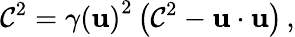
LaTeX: \mathcal{C}^{2}={\gamma(\mathbf{{u}})}^{2}\left(\mathcal{C}^{2}-\mathbf{{u}}\cdot\mathbf{{u}}\right)\, ,